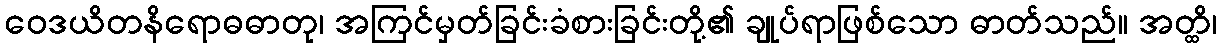
ဝေဒယိတနိရောဓဓာတု၊ အကြင်မှတ်ခြင်းခံစားခြင်းတို့၏ ချုပ်ရာဖြစ်သော ဓာတ်သည်။ အတ္ထိ၊